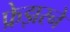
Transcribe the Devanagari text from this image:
फ्रेझरने